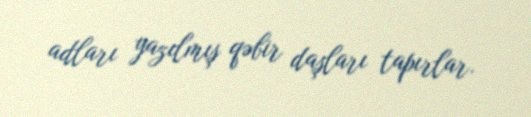
adları yazılmış qəbir daşları tapırlar.